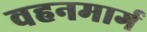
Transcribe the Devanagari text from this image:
वहनमार्ग